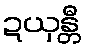
ဍယှန္တီ